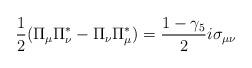
LaTeX: \begin{align*}\frac{1}{2} (\Pi_{\mu} \Pi_{\nu}^{*} - \Pi_{\nu} \Pi_{\mu}^{*}) = \frac{1- \gamma_{5}}{2} i \sigma_{\mu \nu}\end{align*}